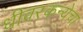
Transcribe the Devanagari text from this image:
धीवरकन्येचा